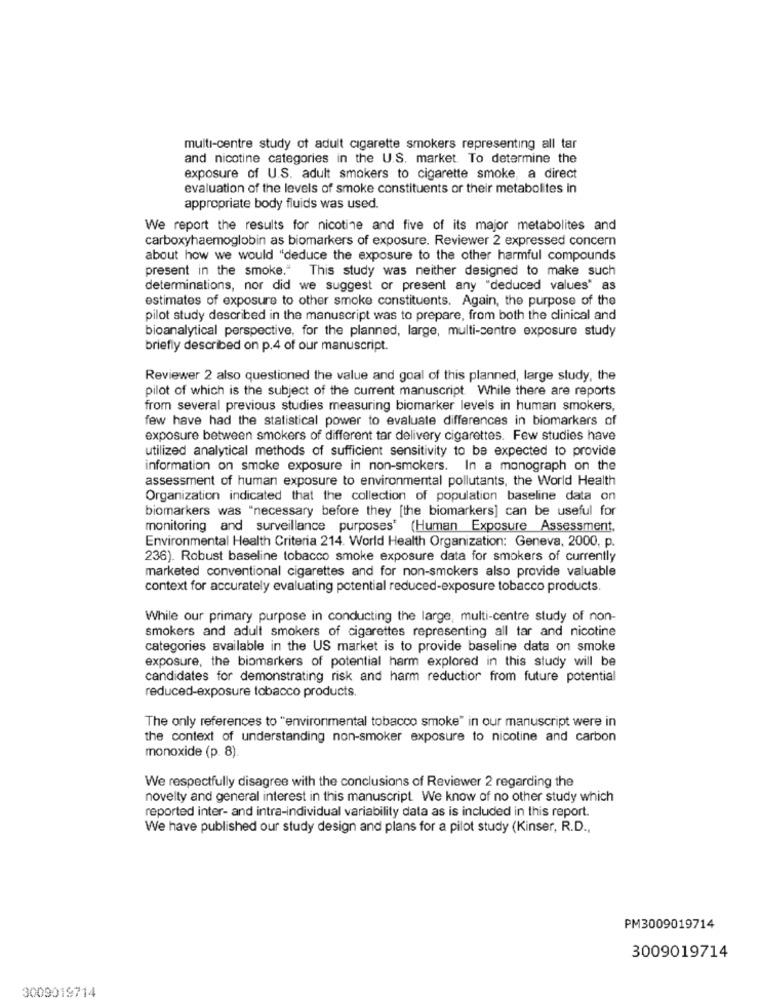
multi-centre study of adult cigarette smokers representing all tar
and nicotine categories in the U.S. market To determine the
exposure of U.S. adult smokers to cigarette smoke, a direct
evaluation of the levels of smoke constituents or their metabolites in
appropriate body fluids was used.
We report the results for nicotine and five of its major metabolites and
carboxyhaemoglobin as biomarkers of exposure. Reviewer 2 expressed concern
about how we would "deduce the exposure to the other harmful compounds
present in the smoke." This study was neither designed to make such
determinations, nor did we suggest or present any "deduced values" as
estimates of exposure to other smoke constituents. Again, the purpose of the
pilot study described in the manuscript was to prepare, from both the clinical and
bioanalytical perspective, for the planned, large, multi-centre exposure study
briefly described on p.4 of our manuscript.
Reviewer 2 also questioned the value and goal of this planned, large study, the
pilot of which is the subject of the current manuscript. While there are reports
from several previous studies measuring biomarker levels in human smokers,
few have had the statistical power to evaluate differences in biomarkers of
exposure between smokers of different tar delivery cigarettes. Few studies have
utilized analytical methods of sufficient sensitivity to be expected to provide
information on smoke exposure in non-smokers. In a monograph on the
assessment of human exposure to environmental pollutants, the World Health
Organization indicated that the collection of population baseline data on
biomarkers was "necessary before they [the biomarkers] can be useful for
monitoring and surveillance purposes' (Human Exposure Assessment,
Environmental Health Criteria 214. World Health Organization: Geneva, 2000, p.
236). Robust baseline tobacco smoke exposure data for smokers of currently
marketed conventional cigarettes and for non-smokers also provide valuable
context for accurately evaluating potential reduced-exposure tobacco products.
While our primary purpose in conducting the large, multi-centre study of non-
smokers and adult smokers of cigarettes representing all tar and nicotine
categories available in the US market is to provide baseline data on smoke
exposure, the biomarkers of potential harm explored in this study will be
candidates for demonstrating risk and harm reduction from future potential
reduced-exposure tobacco products.
The only references to "environmental tobacco smoke" in our manuscript were in
the context of understanding non-smoker exposure to nicotine and carbon
monoxide (p. 8).
We respectfully disagree with the conclusions of Reviewer 2 regarding the
novelty and general interest in this manuscript. We know of no other study which
reported inter- and intra-individual variability data as is included in this report.
We have published our study design and plans for a pilot study (Kinser, R.D .,
PM3009019714
3009019714
3009019714